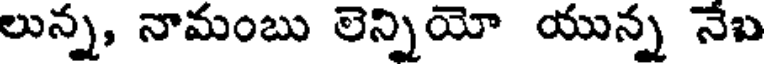
లున్న, నామంబు లెన్నియో యున్న నేబ